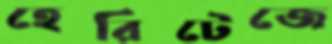
হেরিটেজে